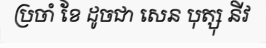
ប្រចាំ ខែ ដូចជា សេន បុត្សុ នីវ